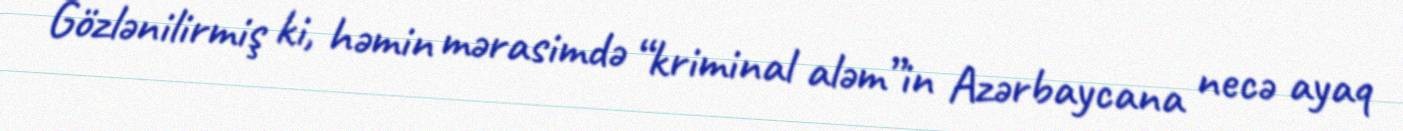
Gözlənilirmiş ki, həmin mərasimdə “kriminal aləm”in Azərbaycana necə ayaq